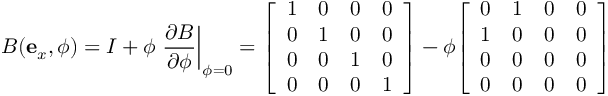
B ( \mathbf { e } _ { x } , \phi ) = I + \phi \left. { \frac { \partial B } { \partial \phi } } \right| _ { \phi = 0 } = { \left[ \begin{array} { l l l l } { 1 } & { 0 } & { 0 } & { 0 } \\ { 0 } & { 1 } & { 0 } & { 0 } \\ { 0 } & { 0 } & { 1 } & { 0 } \\ { 0 } & { 0 } & { 0 } & { 1 } \end{array} \right] } - \phi { \left[ \begin{array} { l l l l } { 0 } & { 1 } & { 0 } & { 0 } \\ { 1 } & { 0 } & { 0 } & { 0 } \\ { 0 } & { 0 } & { 0 } & { 0 } \\ { 0 } & { 0 } & { 0 } & { 0 } \end{array} \right] }